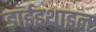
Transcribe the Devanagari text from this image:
डाईइथाइल